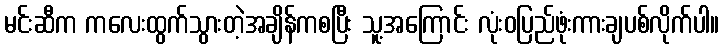
မင်းဆီက ကလေးထွက်သွားတဲ့အချိန်ကစပြီး သူ့အကြောင်း လုံးဝပြည်ဖုံးကားချပစ်လိုက်ပါ။